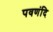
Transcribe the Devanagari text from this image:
पवणंदि